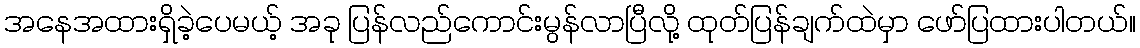
အနေအထားရှိခဲ့ပေမယ့် အခု ပြန်လည်ကောင်းမွန်လာပြီလို့ ထုတ်ပြန်ချက်ထဲမှာ ဖော်ပြထားပါတယ်။